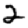
Digit: 2